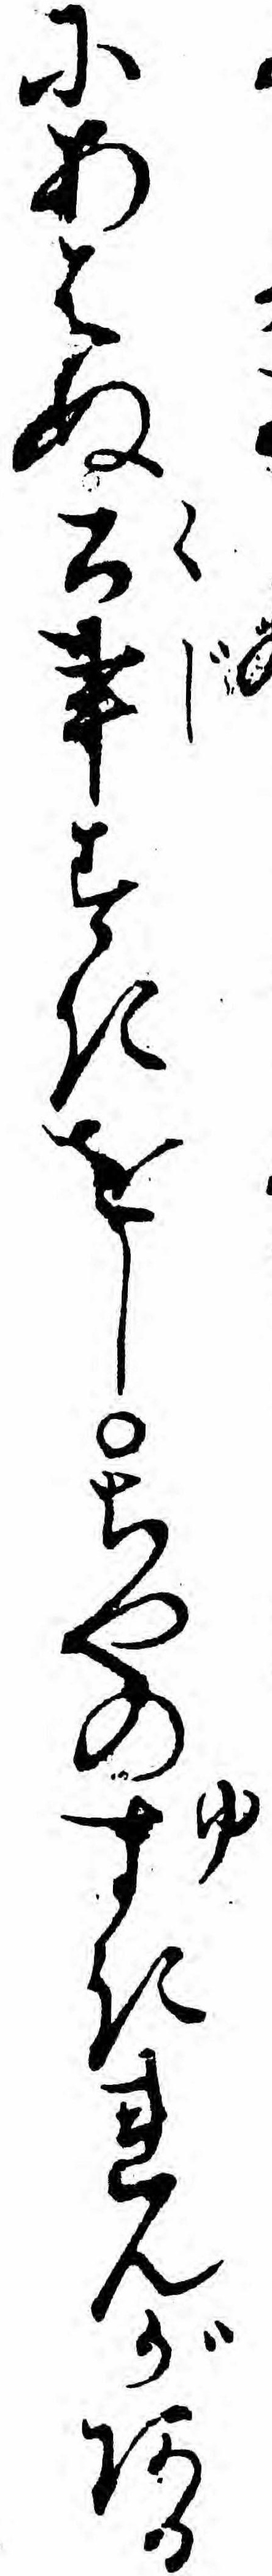
にあはぬ公事すきをしちやのゆすきれんがある